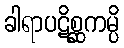
ခါရာပဋိစ္ဆကမ္ပိ